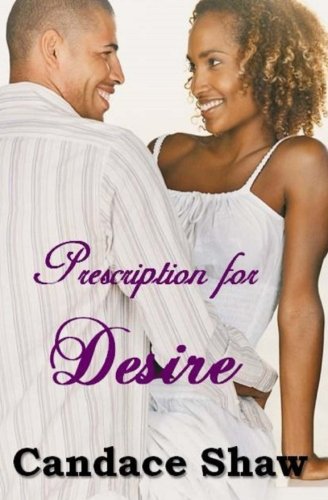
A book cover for Prescription for Desire (Arrington Family Series) (Volume 4); Candace Shaw; Comics & Graphic Novels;